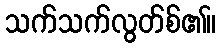
သက်သက်လွတ်စ်၏။